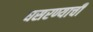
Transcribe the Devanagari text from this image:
घसरण्याची